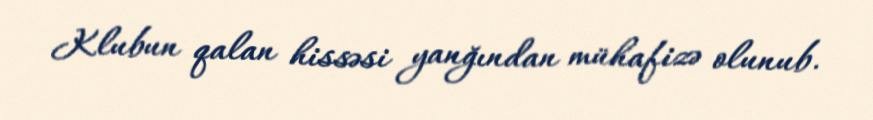
Klubun qalan hissəsi yanğından mühafizə olunub.